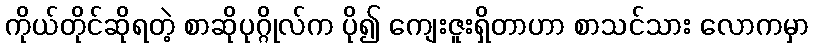
ကိုယ်တိုင်ဆိုရတဲ့ စာဆိုပုဂ္ဂိုလ်က ပို၍ ကျေးဇူးရှိတာဟာ စာသင်သား လောကမှာ